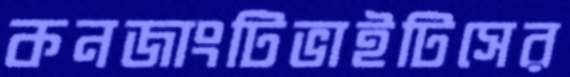
কনজাংটিভাইটিসের